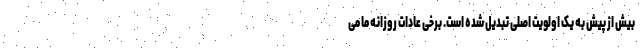
بیش از پیش به یک اولویت اصلی تبدیل شده است. برخی عادات روزانه ما می